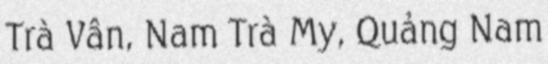
Trà Vân, Nam Trà My, Quảng Nam